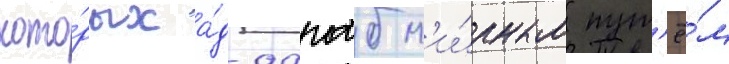
кото́рых а́д-дагаб м'и́рным пут'ё́м